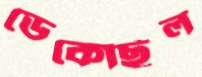
ডেকেছিল